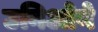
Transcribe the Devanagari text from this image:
उनिओने